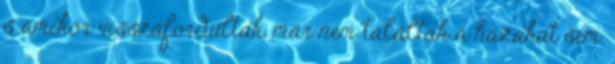
s amikor visszafordultak, már nem találták a házakat sem.